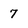
Character: 7